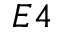
E 4